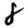
Digit: 8